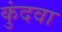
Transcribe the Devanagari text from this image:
कुंदवा